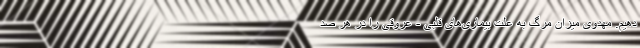
دهیم. مهدوی میزان مرگ به علت بیماری‌های قلبی‌ - عروقی را در هر صد